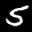
Label: 5